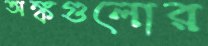
অঙ্কগুলোর